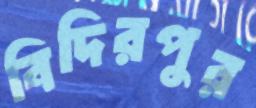
বিদিরপুর